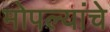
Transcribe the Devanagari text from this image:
मोपल्यांचे